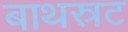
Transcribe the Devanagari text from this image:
बाथस्रट